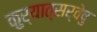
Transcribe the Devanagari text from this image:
कुर्यात्सर्वेषु